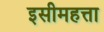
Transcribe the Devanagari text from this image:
इसीमहत्ता